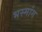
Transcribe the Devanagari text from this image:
भस्मांग